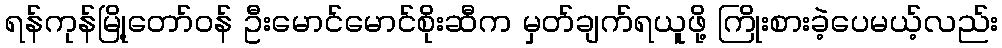
ရန်ကုန်မြို့တော်ဝန် ဦးမောင်မောင်စိုးဆီက မှတ်ချက်ရယူဖို့ ကြိုးစားခဲ့ပေမယ့်လည်း